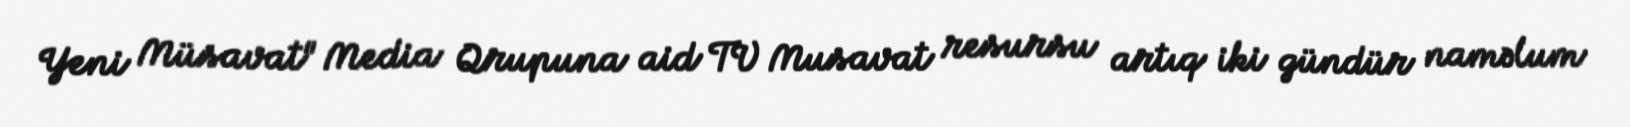
Yeni Müsavat" Media Qrupuna aid TV Musavat resursu artıq iki gündür naməlum